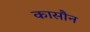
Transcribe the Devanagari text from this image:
कासौन